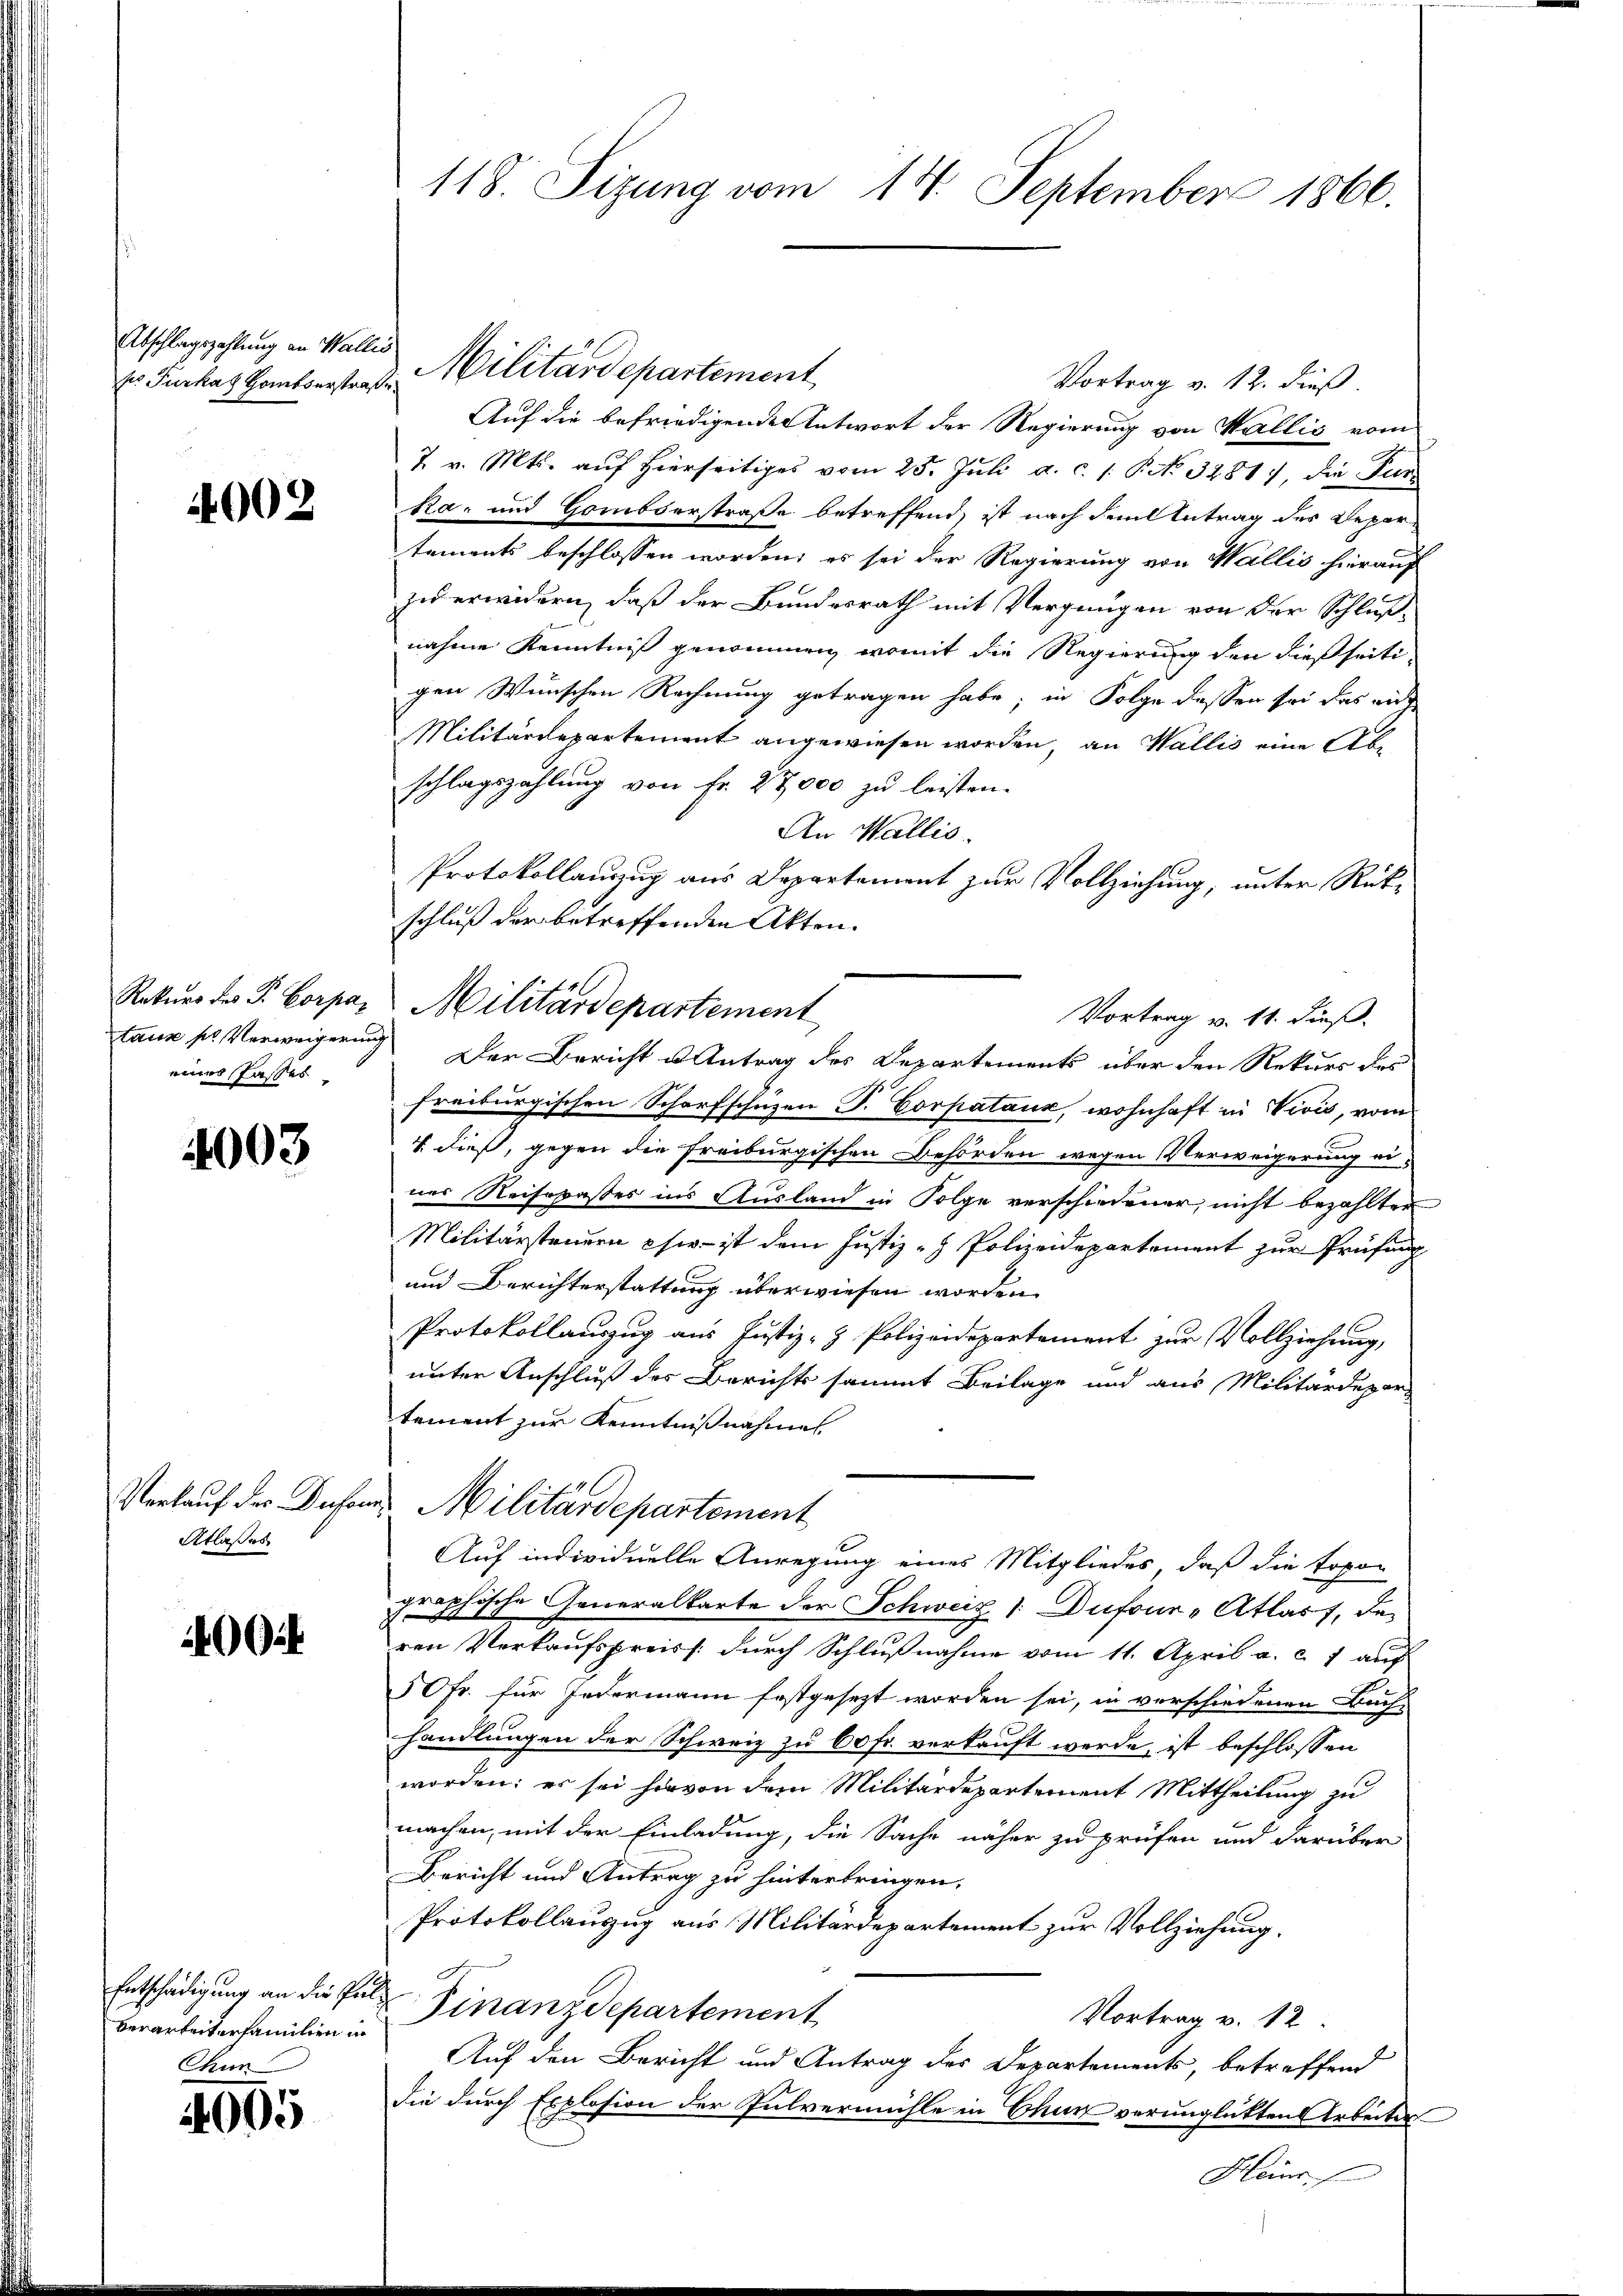
Abschlagszahlung an Wallis

4002

taux pl. Verweigerin
eines Tasses

4003

Verkauf der Duser
Atlasses

20

Entschädigung an die Inverarbeiterfamilien in
Chun

4005

118. Sizung vom 14. September 1866.

Vortrag v. 12. dieß.
Auf die befriedigende Antwort der Regierung von Wallis vom
7 v. Mts. auf hierseitiges vom 25. Juli a. c. 1. P. No. 3281), die Furka, und Hombserstraße betreffend, ist nach dem Antrag des Departements beschlossen worden; es sei der Regierung von Wallis hierauf
und erwidern, daß der Bundesrath mit Vergnügen von der Schluß-
nahme Kenntniß genommen, womit die Regierung den dießseitigen Wünschen Rechnung getragen habe; in Folge dessen sei das auche
Militärdepartement angewiesen worden, an Wallis eine Abe
schlagszahlŭng von Fr. 27,000 zŭ leisten.
An Wallis.
Protokollauzzug aus Departement zur Vollziehung, unter Rückschluß der betreffenden Akten.
Rekurs des P. Corpa. Militärdepartement
Vortrag v. 11. dieß.
 Der Bericht u Antrag des Departements über den Rekurs des
freiburgischen Scharfschuzen T. Corpataux, wohnhaft in Vivis, vom
V. dieß, gegen die Freiburgischen Behörden wegen Verweigerung ei-
nes Reisopasses ins Ausland in Folge verschiedener, nicht bezahlter
Militärsteuern chir - ist dem Justiz - Polizeidepartement zur Prüfung
und Berichterstattung überwiesen worden.
Protokollauszug aus Justiz- & Polizeidepartement zur Vollziehung,
unter Anschluß des Berichts sammt Beilage und aus Militärdepar
tement zur Kenntnißnahme
 Militärdepartement
Auf individuelle Anregung eines Mitgliedes, daß die topor
graphische Generalkarte der Schweiz (Dufour-Atlass, de
ren Verkaufspreiss durch Schlußnahme vom 11. April a. c. 7 auf
50fr. für Jedermann festgesezt worden sei, in verschiedenen Buch-
handlungen der Schweiz zu 60 fr. verkauft werde, ist beschlossen
worden; es sei hirvon dem Militärdepartement Mittheilung zu
machen, mit der Einladung, die Sache näher zu prüfen und darüber
Bericht und Antrag zu hinterbringen,
Protokollauszug aus Militärdepartement zur Vollziehung.
 Finanzdepartement
Vortrag v. 12.
Auf den Bericht und Antrag des Departements, betreffend
die durch Explosion der Pulvermühle in Chur verunglückten Arbeiter
Heinr.

E. Furkaz Homberstrat. Militärdepartement